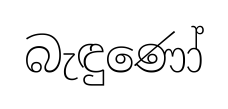
බැඳුණෝ